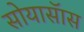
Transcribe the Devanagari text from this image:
सोयासॅास